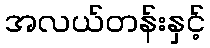
အလယ်တန်းနှင့်